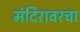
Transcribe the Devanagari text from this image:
मंदिरावरचा